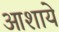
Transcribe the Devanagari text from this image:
आशाये